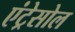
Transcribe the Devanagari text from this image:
एंट्रेसोल